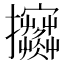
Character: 𢺦